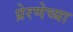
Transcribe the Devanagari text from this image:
प्रेरणेच्या